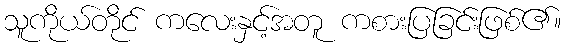
သူကိုယ်တိုင် ကလေးနှင့်အတူ ကစားပြခြင်းဖြစ်၏။